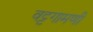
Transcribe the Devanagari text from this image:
वट्टगामणी